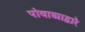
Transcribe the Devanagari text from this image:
पोवाड्याद्वारे